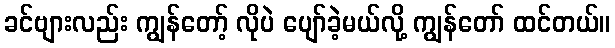
ခင်ဗျားလည်း ကျွန်တော့် လိုပဲ ပျော်ခဲ့မယ်လို့ ကျွန်တော် ထင်တယ်။